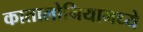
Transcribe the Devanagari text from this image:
कातालोनियामध्ये